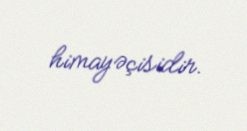
himayəçisidir.